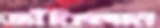
জাঁকিলাম